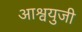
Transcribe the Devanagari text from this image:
आश्वयुजी